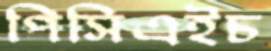
পিসিএইচ